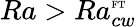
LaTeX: Ra>Ra_{cw}^{\mathrm{\tiny{FT}}}